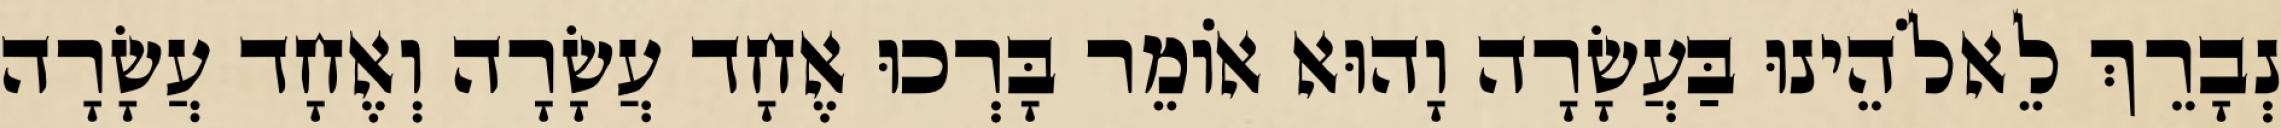
נְבָרֵךְ לֵאלֹהֵינוּ בַּעֲשָׂרָה וָהוּא אוֹמֵר בָּרְכוּ אֶחָד עֲשָׂרָה וְאֶחָד עֲשָׂרָה